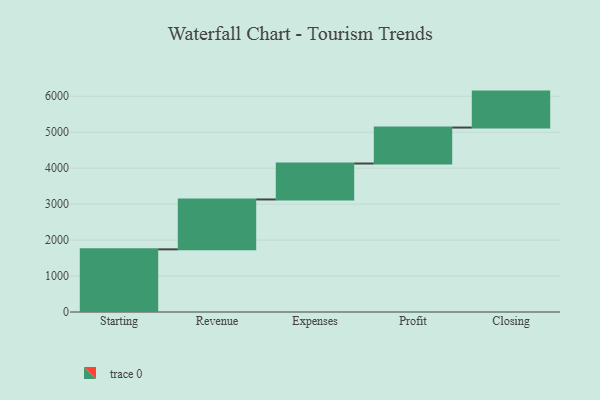
{"axis": {"x": "Step", "y": "Value"}, "legend": [""], "data": [{"x": "Starting", "y": 1743.0, "type": ""}, {"x": "Revenue", "y": 1387.0, "type": ""}, {"x": "Expenses", "y": 1000, "type": ""}, {"x": "Profit", "y": 1000, "type": ""}, {"x": "Closing", "y": 1000, "type": ""}]}